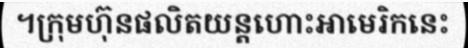
។ក្រុមហ៊ុនផលិតយន្តហោះអាមេរិកនេះ